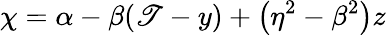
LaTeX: \chi=\alpha-\beta(\mathscr{T}-y)+\left(\eta^{2}-\beta^{2}\right)z